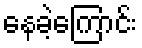
နေခဲ့ကြောင်း